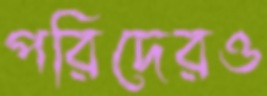
পরিদেরও